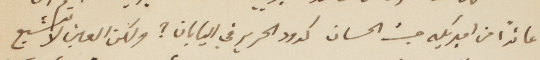
عائدًا من اميركيه حيث الحسان كدود الحرير في اليابان؟ ولكن العين لا تشبع